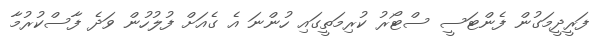
ފަރީދީމަގުން ފެންޓަސީ ސްޓޯރު ކުރިމަތީގައި ހުންނަ އެ ގެއަށް ފުލުހުން ވަދެ ފާސްކުރުމާ